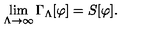
\lim _ { \Lambda \rightarrow \infty } \Gamma _ { \Lambda } [ \varphi ] = S [ \varphi ] .